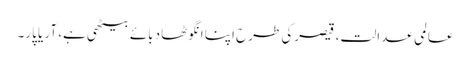
عالمی عدالت، قیصرکی طرح اپنا انگوٹھا دبائے بیٹھی ہے، آر یا پار۔